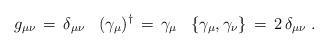
LaTeX: \begin{align*} g_{\mu\nu}\,=\, \delta_{\mu\nu} \;\;\; (\gamma_\mu)^\dagger \,=\, \gamma_\mu \;\;\; \{ \gamma_\mu , \gamma_\nu \}\,=\, 2\, \delta_{\mu\nu} \;.\end{align*}